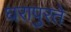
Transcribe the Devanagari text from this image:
घरापुरते